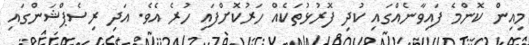
މިއިން ކޮންމެ ފައިވާނެއްގައި ކުދި ފޮރުޅުތަކެއް ހަރުކޮށްފައި ހުރެ އެވެ. އަދި ރިސެޕްޝަންގައި